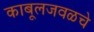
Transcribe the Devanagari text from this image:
काबूलजवळचे